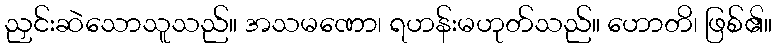
ညှင်းဆဲသောသူသည်။ အသမဏော၊ ရဟန်းမဟုတ်သည်။ ဟောတိ၊ ဖြစ်၏။